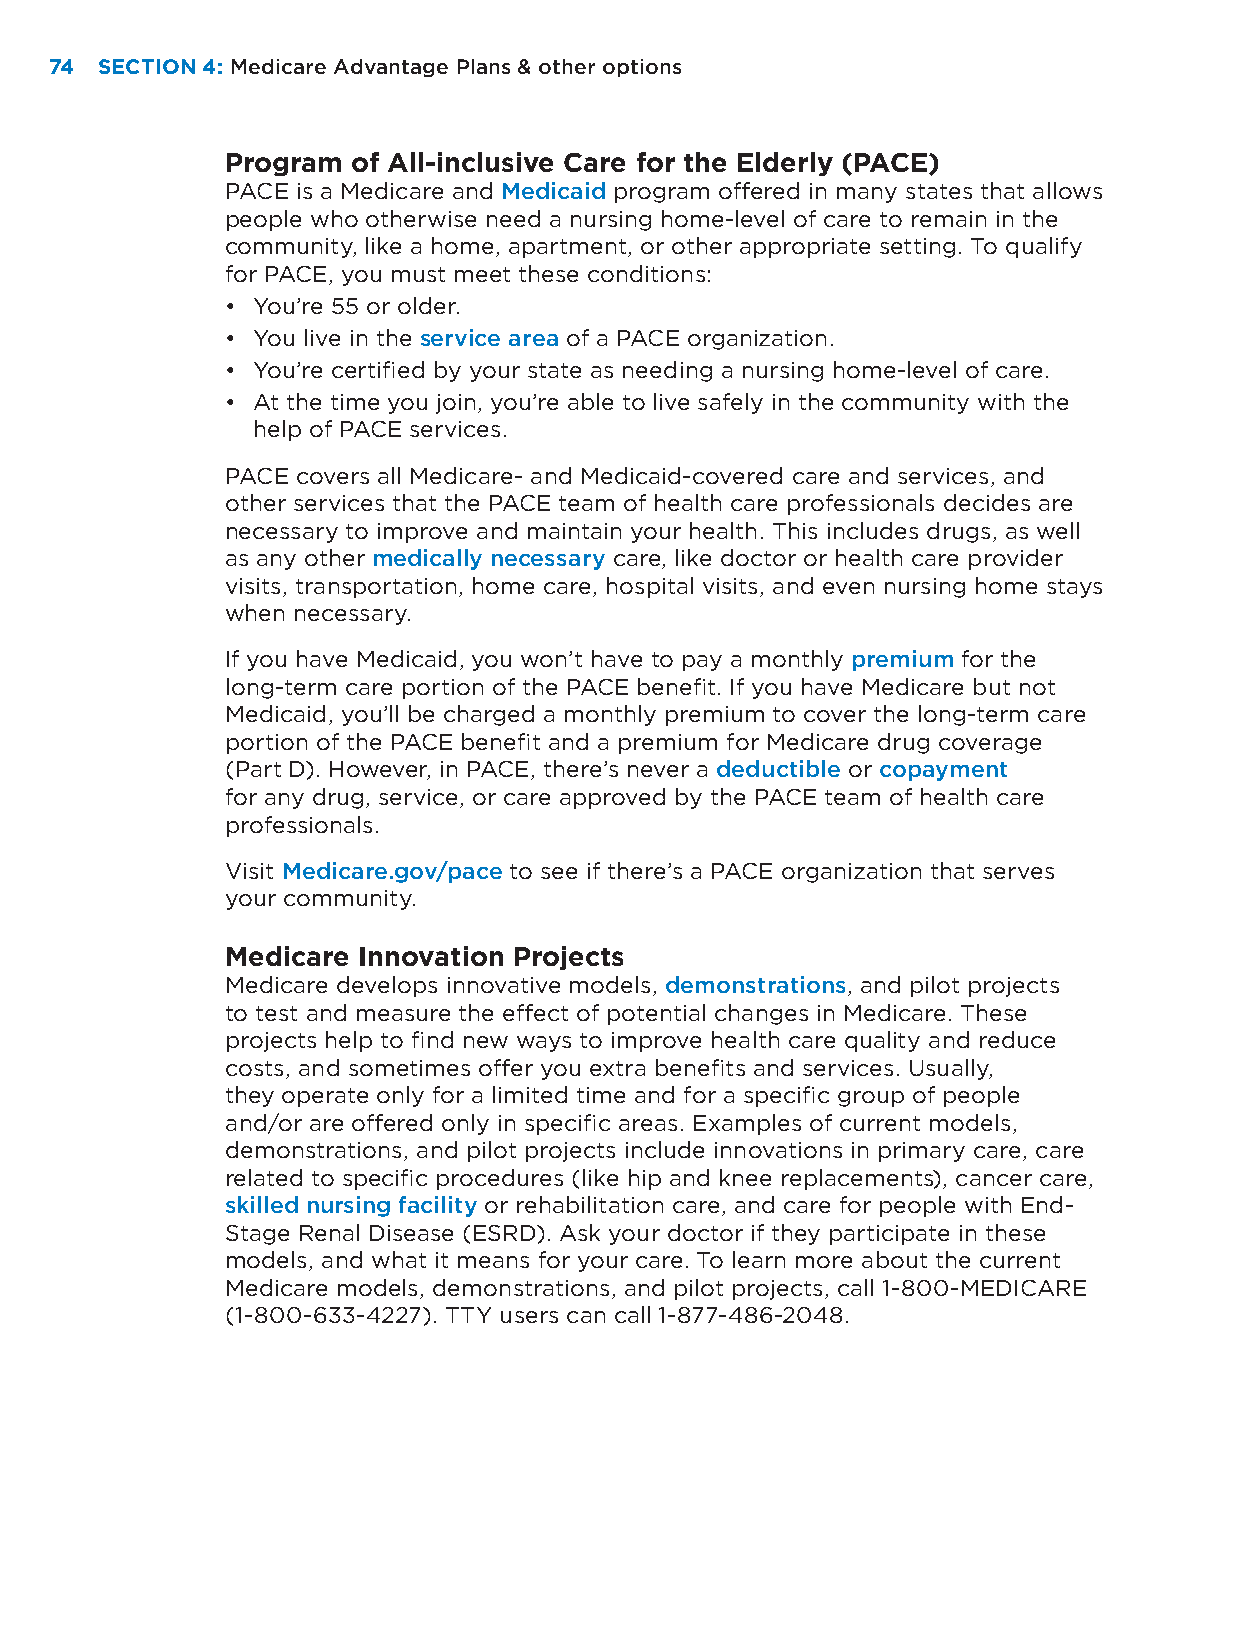
74 SECTION 4: Medicare Advantage Plans & other options
 Program of All-inclusive Care for the Elderly (PACE)
 PACE is a Medicare and Medicaid program offered in many states that allows
 people who otherwise need a nursing home-level of care to remain in the
 community, like a home, apartment, or other appropriate setting. To qualify
 for PACE, you must meet these conditions:
 • You’re 55 or older.
 • You live in the service area of a PACE organization.
 • You’re certified by your state as needing a nursing home-level of care.
 • At the time you join, you’re able to live safely in the community with the
 help of PACE services.
 PACE covers all Medicare- and Medicaid-covered care and services, and
 other services that the PACE team of health care professionals decides are
 necessary to improve and maintain your health. This includes drugs, as well
 as any other medically necessary care, like doctor or health care provider
 visits, transportation, home care, hospital visits, and even nursing home stays
 when necessary.
 If you have Medicaid, you won’t have to pay a monthly premium for the
 long-term care portion of the PACE benefit. If you have Medicare but not
 Medicaid, you’ll be charged a monthly premium to cover the long-term care
 portion of the PACE benefit and a premium for Medicare drug coverage
 (Part D). However, in PACE, there’s never a deductible or copayment
 for any drug, service, or care approved by the PACE team of health care
 professionals.
 Visit Medicare.gov/pace to see if there’s a PACE organization that serves
 your community.
 Medicare Innovation Projects
 Medicare develops innovative models, demonstrations, and pilot projects
 to test and measure the effect of potential changes in Medicare. These
 projects help to find new ways to improve health care quality and reduce
 costs, and sometimes offer you extra benefits and services. Usually,
 they operate only for a limited time and for a specific group of people
 and/or are offered only in specific areas. Examples of current models,
 demonstrations, and pilot projects include innovations in primary care, care
 related to specific procedures (like hip and knee replacements), cancer care,
 skilled nursing facility or rehabilitation care, and care for people with End-
 Stage Renal Disease (ESRD). Ask your doctor if they participate in these
 models, and what it means for your care. To learn more about the current
 Medicare models, demonstrations, and pilot projects, call 1-800-MEDICARE
 (1-800-633-4227). TTY users can call 1-877-486-2048.